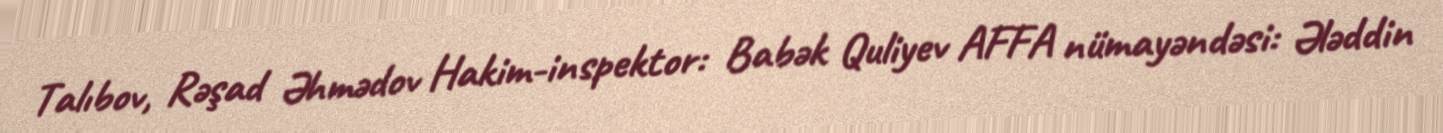
Talıbov, Rəşad Əhmədov Hakim-inspektor: Babək Quliyev AFFA nümayəndəsi: Ələddin